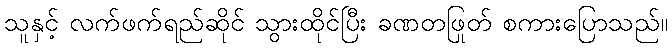
သူနှင့် လက်ဖက်ရည်ဆိုင် သွားထိုင်ပြီး ခဏတဖြုတ် စကားပြောသည်။